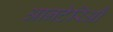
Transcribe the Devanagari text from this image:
आनटेरिऔ